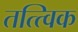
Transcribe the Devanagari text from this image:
तत्त्विक